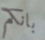
بانكم